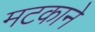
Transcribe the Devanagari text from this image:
मटकाने